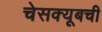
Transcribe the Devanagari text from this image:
चेसक्यूबची